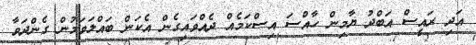
އަދި ރައީސް އަބްދު ޔާމިން ހާއްސަ އިސްކަމެއް ދެއްވައިގެން އެކަން ބައްލަވަމުން ގެންދަވާ